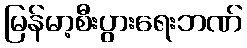
မြန်မာ့စီးပွားရေးဘဏ်